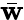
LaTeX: \bar{\mathbf w}